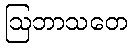
ဩဘာသတေ